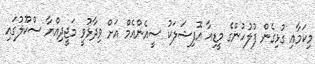
މިކަމާއި ގުޅިގެން ފުލުހުންގެ މީޑިއާ އޮފިޝަލަކު ސީއެންއެމް އަށް ވިދާޅުވީ މަޖީދިއްޔާ ސްކޫލުގައި